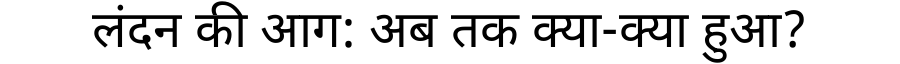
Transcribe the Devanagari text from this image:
लंदन की आग: अब तक क्या-क्या हुआ?